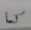
كما